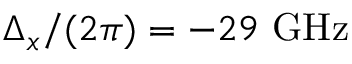
\Delta _ { x } / ( 2 \pi ) = - 2 9 \ \mathrm { G H z }